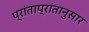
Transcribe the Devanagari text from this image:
प्रांताप्रांतानुसार